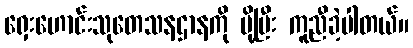
ရှေးဟောင်းသုတေသနဌာနကို ပို့ပြီး ကူညီခဲ့ပါတယ်။